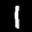
Label: 1